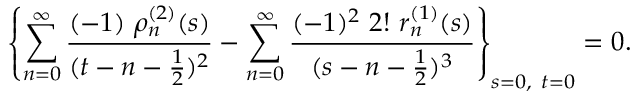
\left\{ \sum _ { n = 0 } ^ { \infty } \frac { ( - 1 ) \ \rho _ { n } ^ { ( 2 ) } ( s ) } { ( t - n - \frac { 1 } { 2 } ) ^ { 2 } } - \sum _ { n = 0 } ^ { \infty } \frac { ( - 1 ) ^ { 2 } \ 2 ! \ r _ { n } ^ { ( 1 ) } ( s ) } { ( s - n - \frac { 1 } { 2 } ) ^ { 3 } } \right\} _ { s = 0 , \ t = 0 } = 0 .